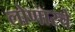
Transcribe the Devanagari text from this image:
लोणारचे